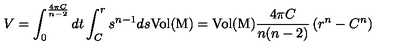
V = \int _ { 0 } ^ { \frac { 4 \pi C } { n - 2 } } d t \int _ { C } ^ { r } s ^ { n - 1 } d s \mathrm { V o l ( M ) } = \mathrm { V o l ( M ) } \frac { 4 \pi C } { n ( n - 2 ) } \left( r ^ { n } - C ^ { n } \right)